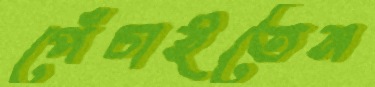
পেঁচাইতেন